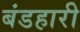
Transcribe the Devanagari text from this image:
बंडहारी